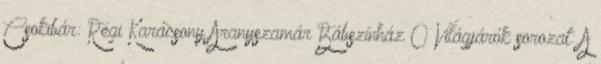
Csokibár: Régi Karácsony Aranyszamár Bábszínház 0 Világjárók sorozat: A